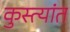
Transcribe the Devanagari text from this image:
कुस्त्यांत